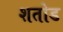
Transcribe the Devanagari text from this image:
शतोड